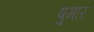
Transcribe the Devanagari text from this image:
षुमार